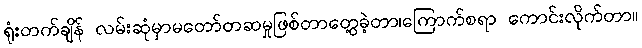
ရုံးတက်ချိန် လမ်းဆုံမှာမတော်တဆမှုဖြစ်တာတွေ့ခဲ့တာ၊ကြောက်စရာ ကောင်းလိုက်တာ။